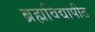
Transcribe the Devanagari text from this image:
ब्रह्मविद्यापीठ